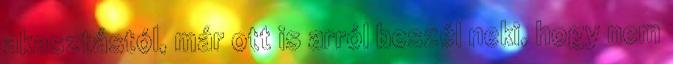
akasztástól, már ott is arról beszél neki, hogy nem